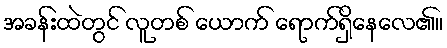
အခန်းထဲတွင် လူတစ် ယောက် ရောက်ရှိနေလေ၏။